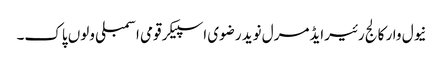
نیول وار کالج رئیرایڈمرل نوید رضوی اسپیکر قومی اسمبلی ولوں پاک۔